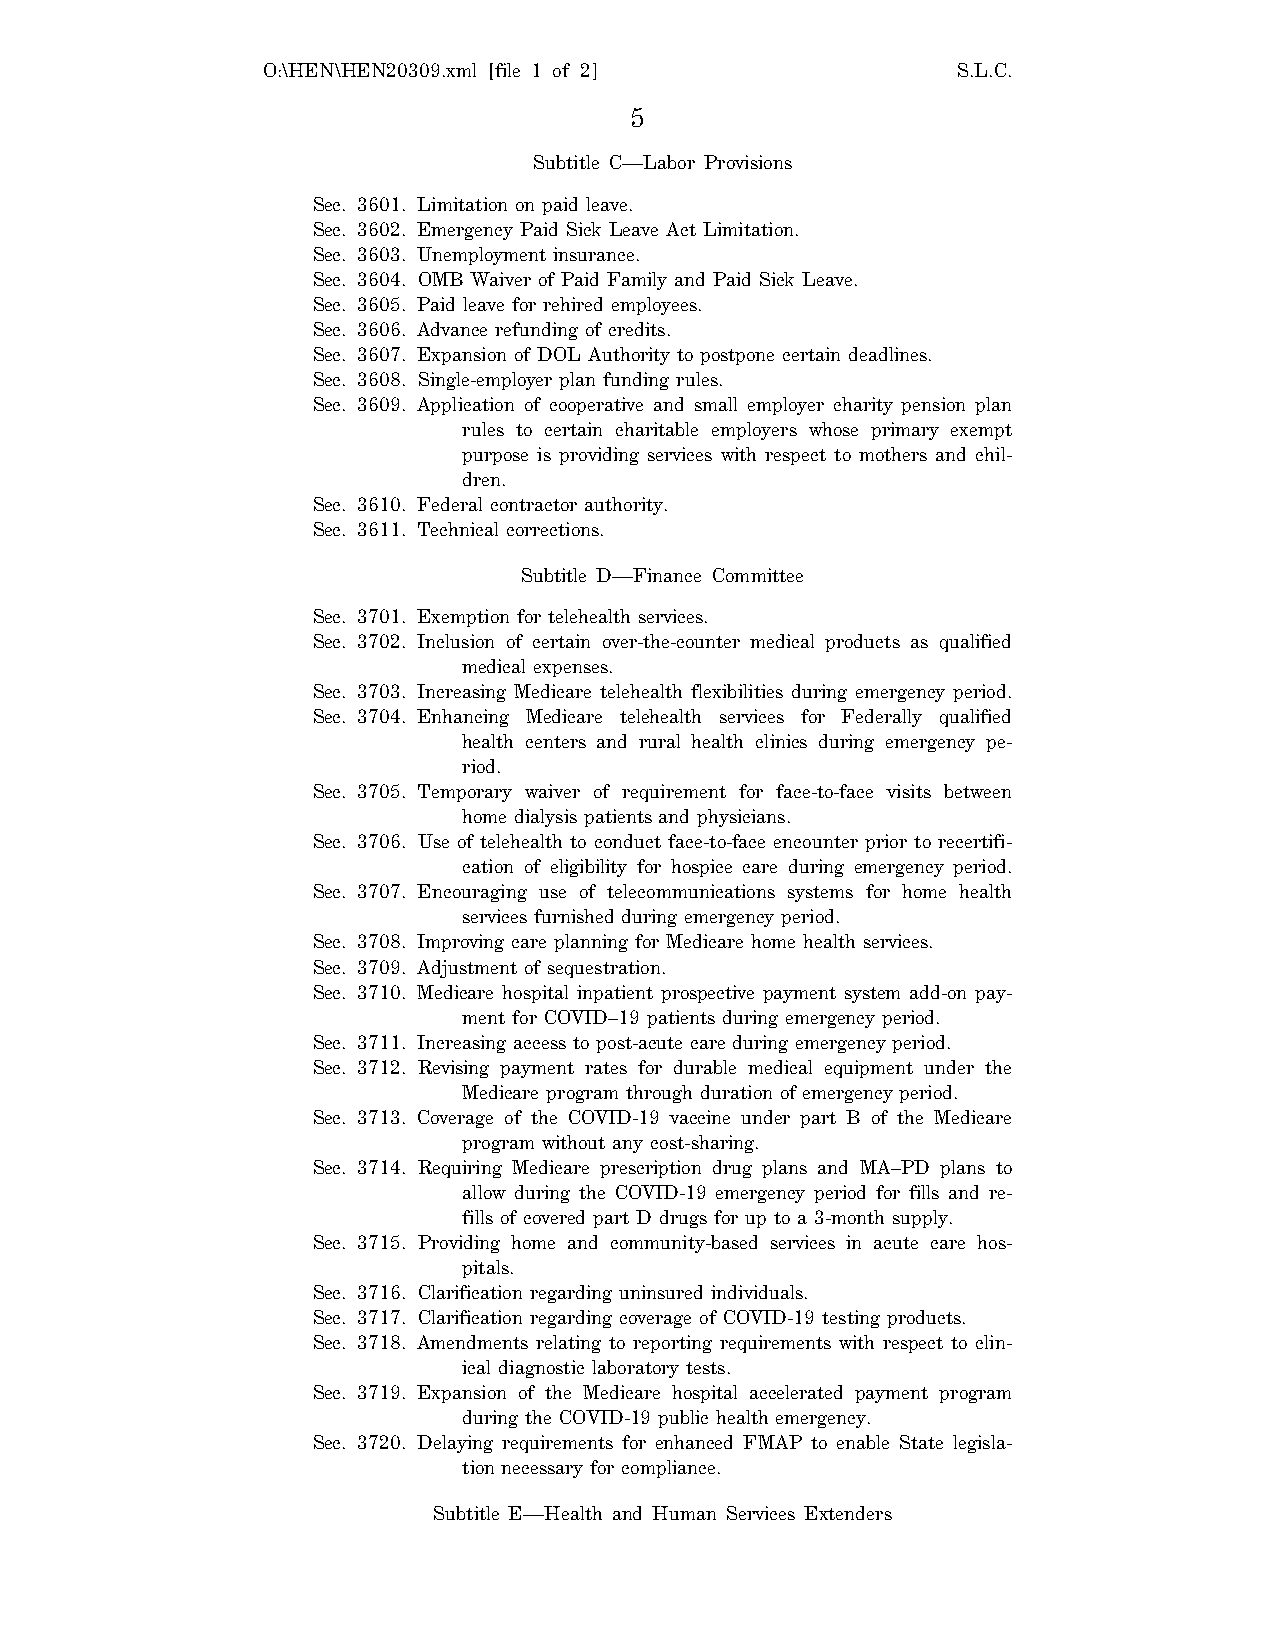
O:\HEN\HEN20309.xml [file 1 of 2]             S.L.C.
 5
 Subtitle C—Labor Provisions
 Sec. 3601. Limitation on paid leave.
 Sec. 3602. Emergency Paid Sick Leave Act Limitation.
 Sec. 3603. Unemployment insurance.
 Sec. 3604. OMB Waiver of Paid Family and Paid Sick Leave.
 Sec. 3605. Paid leave for rehired employees.
 Sec. 3606. Advance refunding of credits.
 Sec. 3607. Expansion of DOL Authority to postpone certain deadlines.
 Sec. 3608. Single-employer plan funding rules.
 Sec. 3609. Application of cooperative and small employer charity pension plan
 rules to certain charitable employers whose primary exempt
 purpose is providing services with respect to mothers and chil-
 dren.
 Sec. 3610. Federal contractor authority.
 Sec. 3611. Technical corrections.
 Subtitle D—Finance Committee
 Sec. 3701. Exemption for telehealth services.
 Sec. 3702. Inclusion of certain over-the-counter medical products as qualified
 medical expenses.
 Sec. 3703. Increasing Medicare telehealth flexibilities during emergency period.
 Sec. 3704. Enhancing Medicare telehealth services for Federally qualified
 health centers and rural health clinics during emergency pe-
 riod.
 Sec. 3705. Temporary waiver of requirement for face-to-face visits between
 home dialysis patients and physicians.
 Sec. 3706. Use of telehealth to conduct face-to-face encounter prior to recertifi-
 cation of eligibility for hospice care during emergency period.
 Sec. 3707. Encouraging use of telecommunications systems for home health
 services furnished during emergency period.
 Sec. 3708. Improving care planning for Medicare home health services.
 Sec. 3709. Adjustment of sequestration.
 Sec. 3710. Medicare hospital inpatient prospective payment system add-on pay-
 ment for COVID–19 patients during emergency period.
 Sec. 3711. Increasing access to post-acute care during emergency period.
 Sec. 3712. Revising payment rates for durable medical equipment under the
 Medicare program through duration of emergency period.
 Sec. 3713. Coverage of the COVID-19 vaccine under part B of the Medicare
 program without any cost-sharing.
 Sec. 3714. Requiring Medicare prescription drug plans and MA–PD plans to
 allow during the COVID-19 emergency period for fills and re-
 fills of covered part D drugs for up to a 3-month supply.
 Sec. 3715. Providing home and community-based services in acute care hos-
 pitals.
 Sec. 3716. Clarification regarding uninsured individuals.
 Sec. 3717. Clarification regarding coverage of COVID-19 testing products.
 Sec. 3718. Amendments relating to reporting requirements with respect to clin-
 ical diagnostic laboratory tests.
 Sec. 3719. Expansion of the Medicare hospital accelerated payment program
 during the COVID-19 public health emergency.
 Sec. 3720. Delaying requirements for enhanced FMAP to enable State legisla-
 tion necessary for compliance.
 Subtitle E—Health and Human Services Extenders